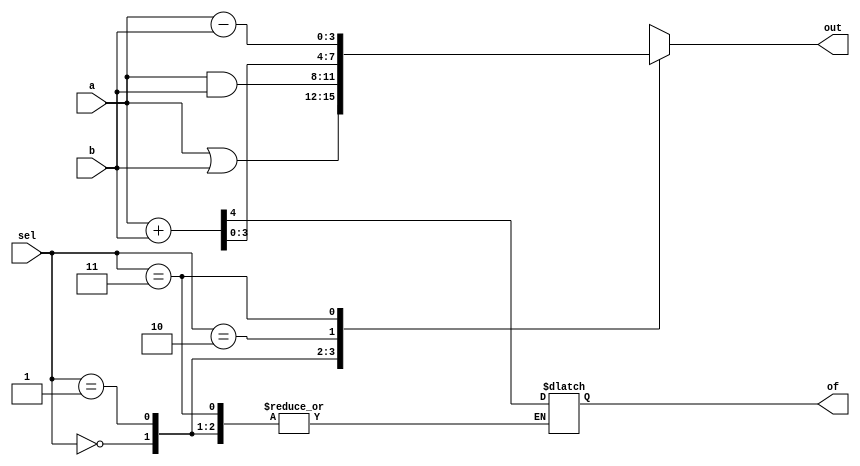
module four_bit_alu (a, b,  out, of, sel);

input wire [3:0] a;
input wire [3:0] b;

output wire [3:0] out;
output wire of;

input wire  [1:0] sel;

reg [4:0] interout;
reg overflow;

always @(*)
begin
	case(sel)

		2'b00: begin
			interout = a|b;
		end

		2'b01: begin
			interout = a&b;
		end
		
		2'b10: begin
			interout = a+b;
			overflow = interout[4];
		end

		2'b11: begin
			interout = a-b;
		end
	endcase
end

assign out = interout[3:0];
assign of = overflow;
endmodule